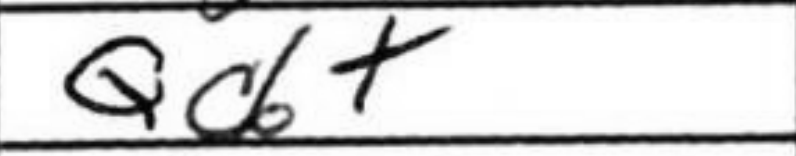
Transcription: Qd+